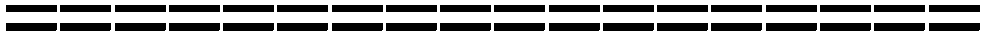
==================